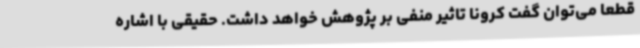
قطعا می‌توان گفت کرونا تاثیر منفی بر پژوهش خواهد داشت. حقیقی با اشاره